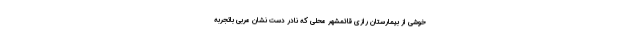
خوشی از بیمارستان رازی قائمشهر محلی که نادر دست نشان مربی باتجربه